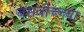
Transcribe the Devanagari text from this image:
बसवीच्च्या